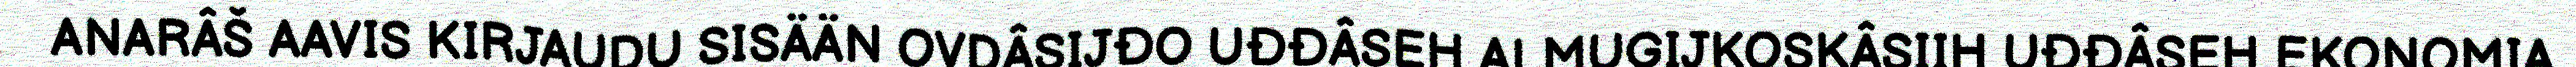
ANARÂŠ AAVIS KIRJAUDU SISÄÄN OVDÂSIJĐO UĐĐÂSEH ALMUGIJKOSKÂSIIH UĐĐÂSEH EKONOMIA